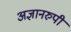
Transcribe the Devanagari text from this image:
अज्ञानरुपी